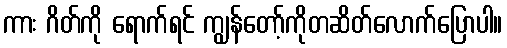
ကား ဂိတ်ကို ရောက်ရင် ကျွန်တော့်ကိုတဆိတ်လောက်ပြောပါ။